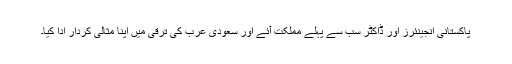
پاکستانی انجینئرز اور ڈاکٹر سب سے پہلے مملکت آئے اور سعودی عرب کی ترقی میں اپنا مثالی کردار ادا کیا۔